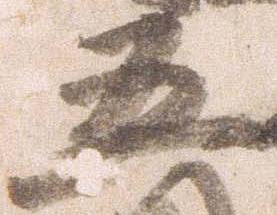
五